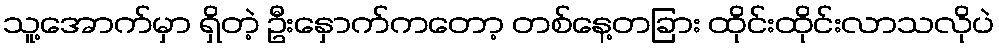
သူ့အောက်မှာ ရှိတဲ့ ဦးနှောက်ကတော့ တစ်နေ့တခြား ထိုင်းထိုင်းလာသလိုပဲ